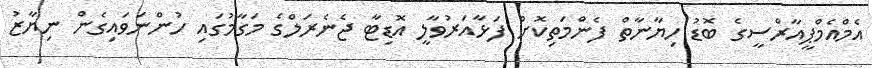
އެމްއެމްޕީއާރްސީގެ ބޮޑު ހިޔާނާތް ފެންމަތިކޮށް ފަޅާއަރުވާލީ އޮޑިޓާ ޖެނެރަލްގެ މަގާމުގައި ހުންނަވައިގެން ނިޔާޒު